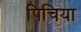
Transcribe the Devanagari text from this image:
पिचिया